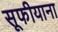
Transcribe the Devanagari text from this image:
सूफीयाना